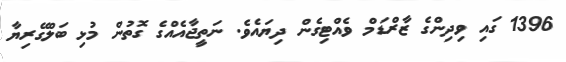
1396 ގައި ވިދިންގެ ޒާރްޑަމް ވެއްޓިގެން ދިޔައެވެ. ނަތީޖާއެއްގެ ގޮތުން މުޅި ބަލްގޭރިޔާ